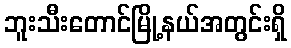
ဘူးသီးတောင်မြို့နယ်အတွင်းရှိ